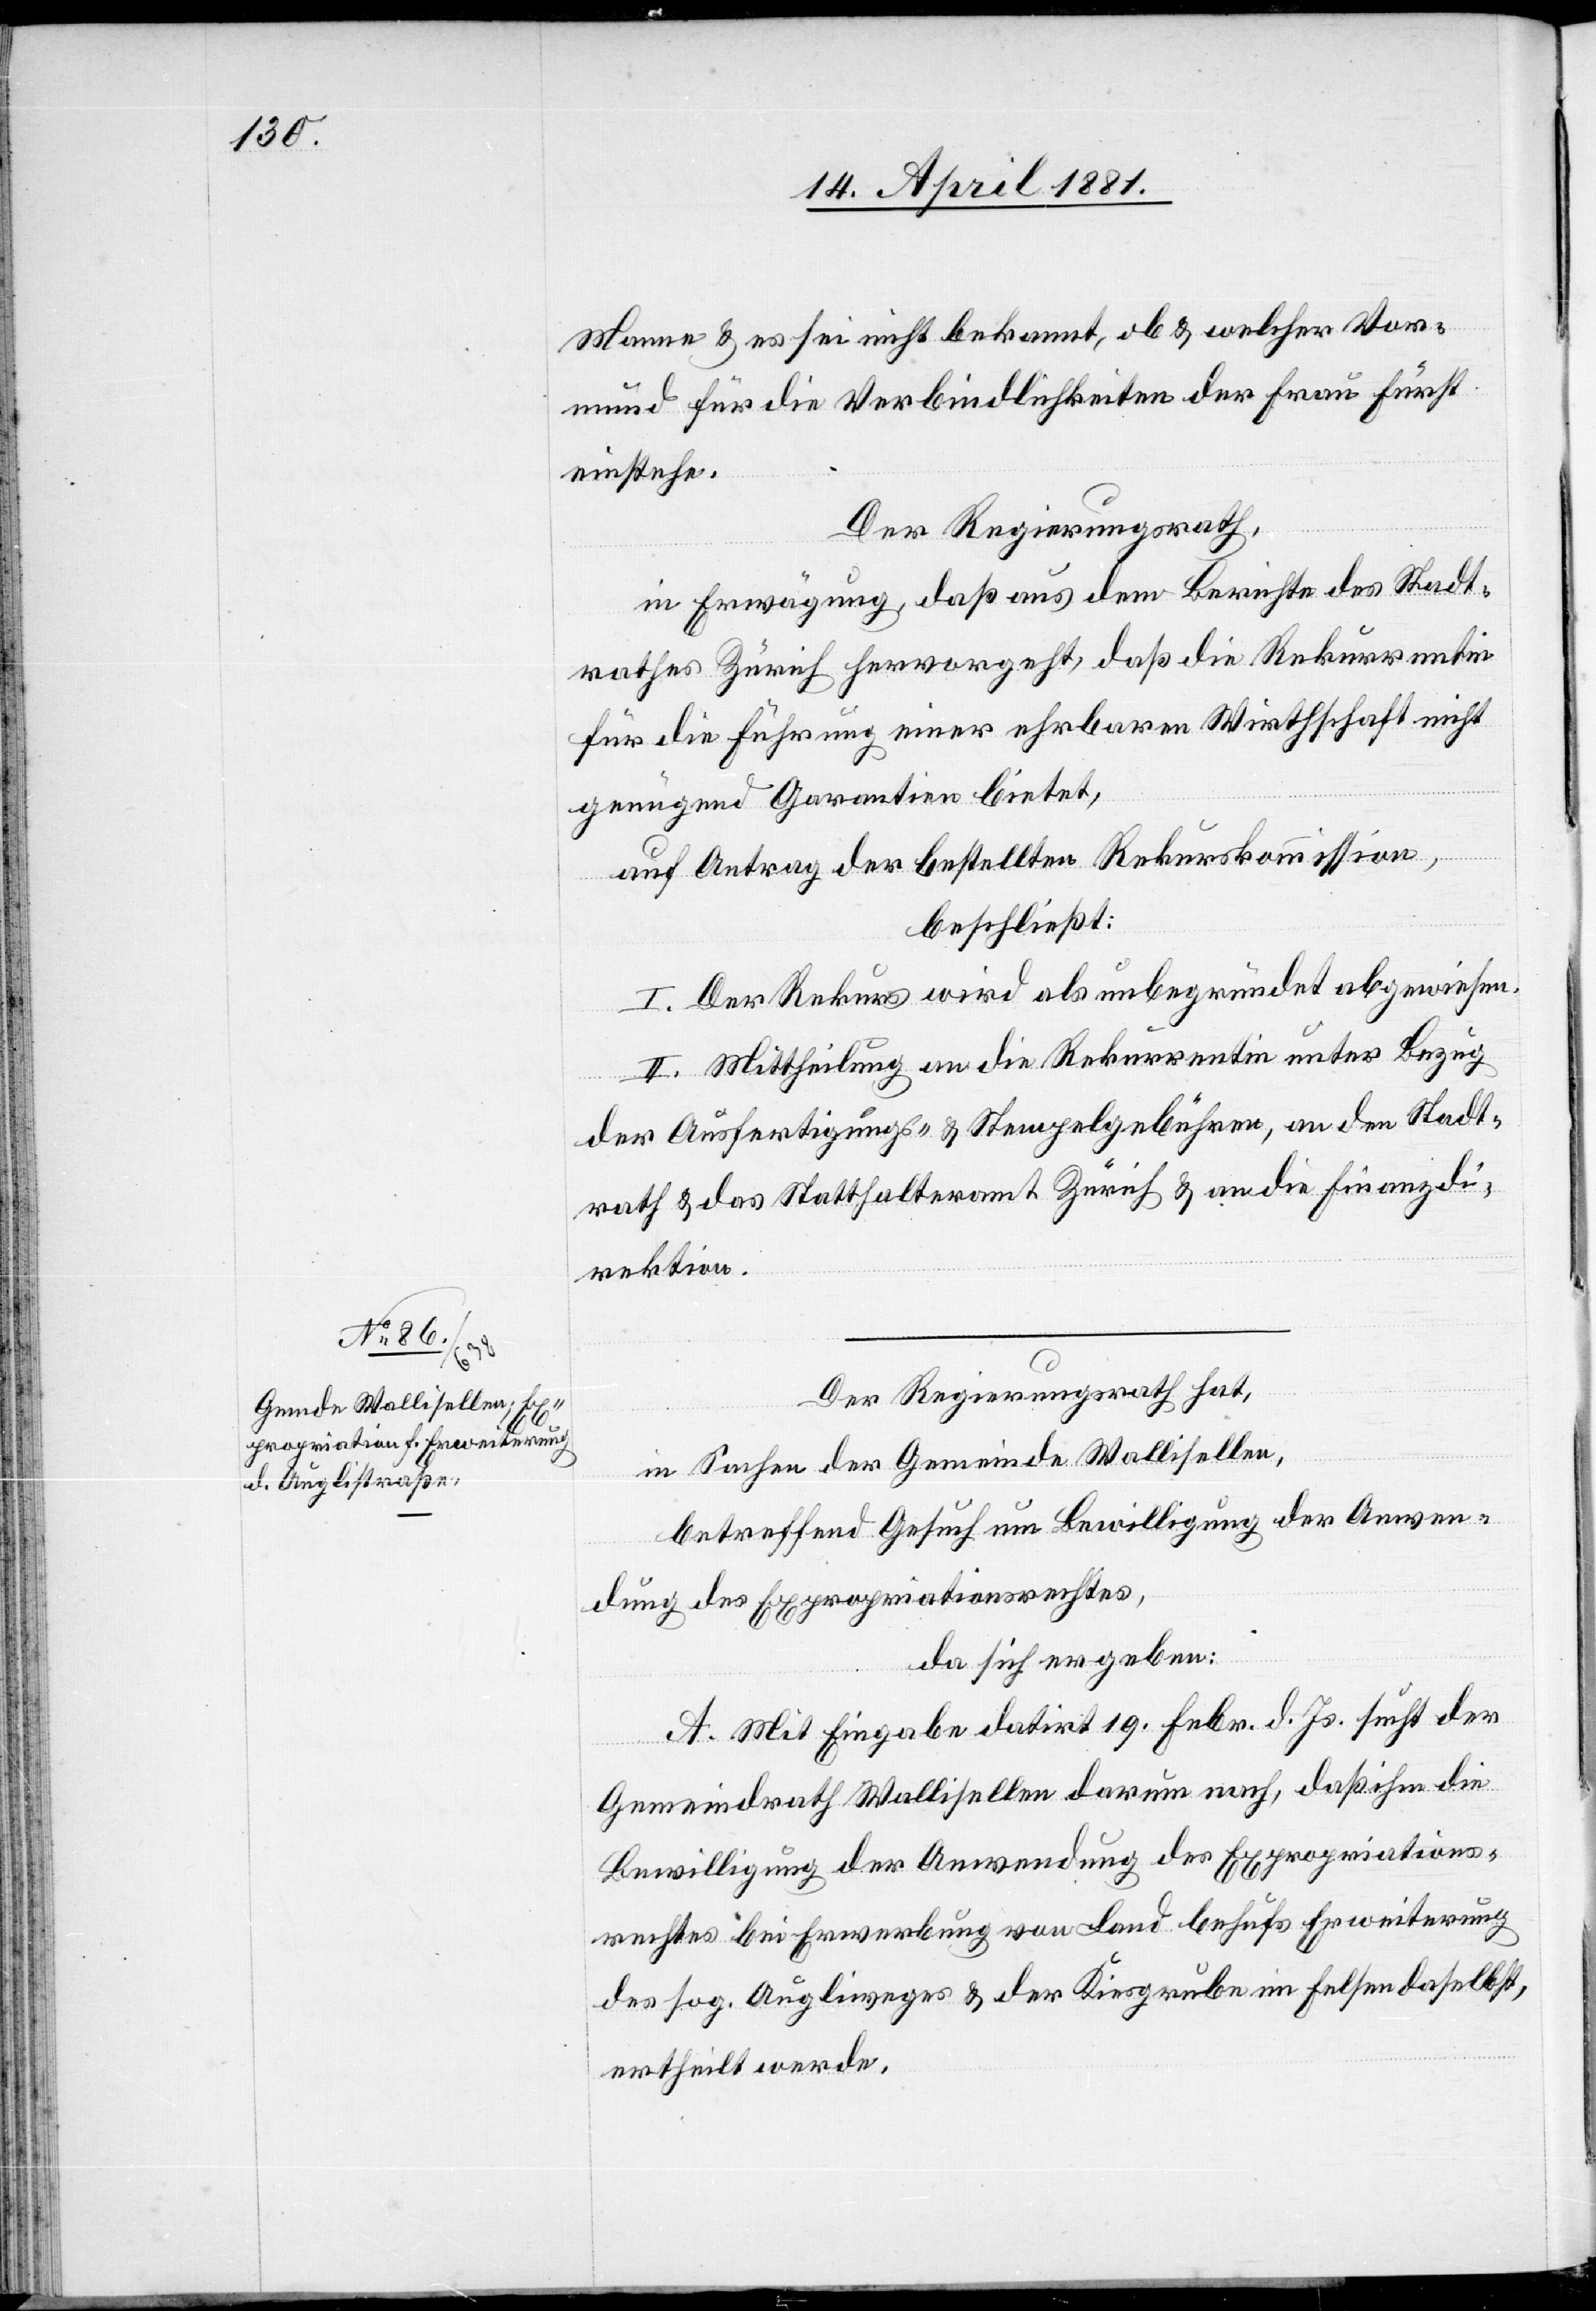
Manne & es sei nicht bekannt, ob & welcher Vor¬
mund für die Verbindlichkeiten der Frau Fürst
einstehe.
Der Regierungsrath,
in Erwägung, dass aus dem Berichte des Stadt¬
rathes Zürich hervorgeht, daß die Rekurrentin
für die Führung einer ehrbaren Wirthschaft nicht
genügend Garantien bietet,
auf Antrag der bestellten Rekurskommission,
beschließt:
I. Der Rekurs wird als unbegründet abgewiesen.
II. Mittheilung an die Rekurrentin unter Bezug
der Ausfertigungs- & Stempelgebühren, an den Stadt¬
rath & das Statthalteramt Zürich & an die Finanzdi¬
rektion.
Der Regierungsrath hat,
in Sachen der Gemeinde Wollishofen,
betreffend Gesuch um Bewilligung der Anwen¬
dung des Expropriationsrechtes,
da sich ergeben:
A. Mit Eingabe datirt 19. Febr. d. Js. sucht der
Gemeindrath Wollishofen darum nach, daß ihm die
Bewilligung der Anwendung des Expropriations¬
rechtes bei Erwerbung von Land behufs Erweiterung
des sog. Augliweges & der Kiesgrube im Felsen daselbst,
ertheilt werde,